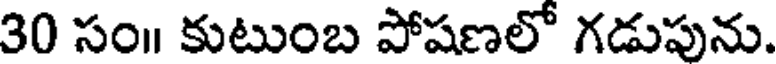
30 సం॥ కుటుంబ పోషణలో గడుపును.